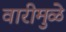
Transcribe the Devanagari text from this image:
वारीमुळे